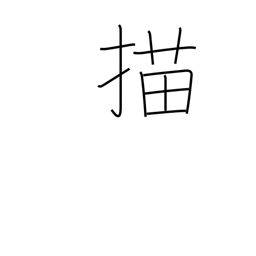
Meaning: draw